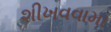
શીખવવામા